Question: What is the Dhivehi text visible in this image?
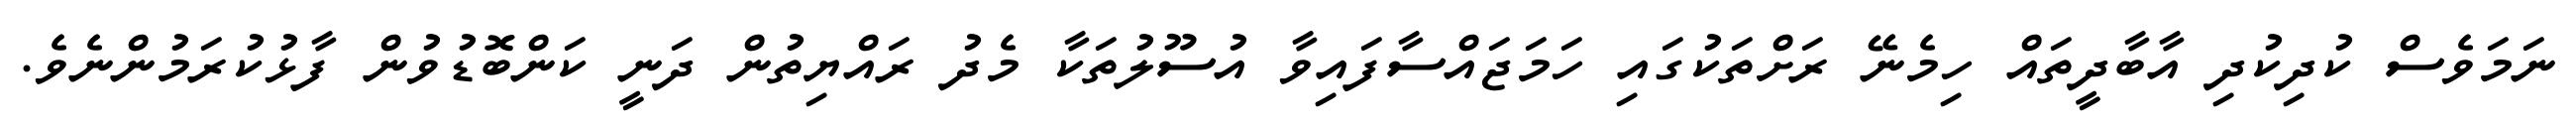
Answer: ނަމަވެސް ކުދިކުދި އާބާދީތައް ހިމެނޭ ރަށްތަކުގައި ހަމަޖައްސާފައިވާ އުސޫލުތަކާ މެދު ރައްޔިތުން ދަނީ ކަންބޮޑުވުން ފާޅުކުރަމުންނެވެ.